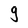
Character: 9